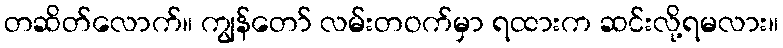
တဆိတ်လောက်။ ကျွန်တော် လမ်းတဝက်မှာ ရထားက ဆင်းလို့ရမလား။